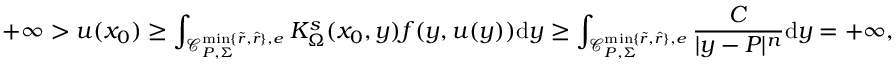
+ \infty > u ( x _ { 0 } ) \geq \int _ { \mathcal C _ { P , \Sigma } ^ { \operatorname* { m i n } \{ \tilde { r } , \hat { r } \} , e } } K _ { \Omega } ^ { s } ( x _ { 0 } , y ) f ( y , u ( y ) ) \mathrm d y \geq \int _ { \mathcal C _ { P , \Sigma } ^ { \operatorname* { m i n } \{ \tilde { r } , \hat { r } \} , e } } \frac { C } { | y - P | ^ { n } } \mathrm d y = + \infty ,